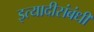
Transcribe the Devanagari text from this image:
इत्यादीसंबंधी